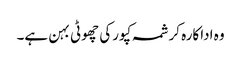
وہ اداکارہ کرشمہ کپورکی چھوٹی بہن ہے۔